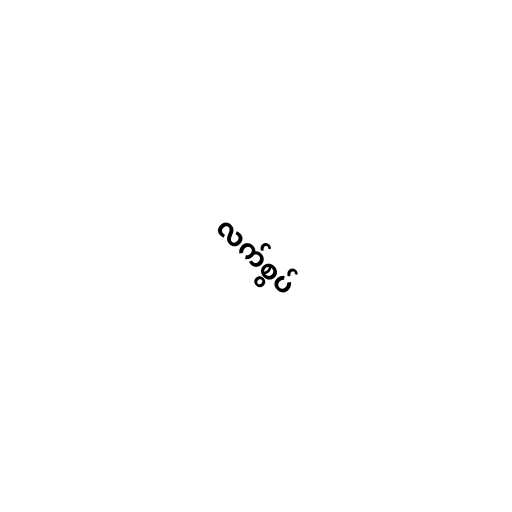
လက်စွပ်